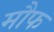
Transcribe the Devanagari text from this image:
मौफ